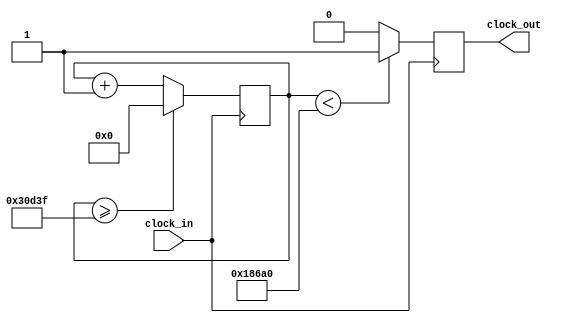
// Clock divider for the seven segment display (500Hz)
// It looks good in person but the refresh rate is slow enough that it flickers on camera
// which is unfortunate because we added an animated sine, square, and triangle wave that you can't really see on camera

`timescale 1ns / 1ps

module sev_clock(
    input clock_in,
    output reg clock_out
);

reg[27:0] counter=28'd0;
parameter HURTS = 28'd200000;   // we tested various frequencies but this one looks good on the board
                                // 100Mhz / 200000= 500hz refresh rate

//according to data sheet: 
//refresh rate >45Hz to prevent flicker
//should be 1 KHz to 60Hz for bright display ( 1 to 16ms  refresh)

always @(posedge clock_in)
begin
    counter <= counter + 28'd1; //increments counter every clock cycle (100mhz)
    if(counter >= (HURTS-1))
        counter <= 28'd0;
    clock_out <= (counter < HURTS/2) ? 1'b1 : 1'b0; //if counter is less than half of divisor, set clock high, otherwise set clock low (ie makes clock both high and low per cycle)
end
endmodule